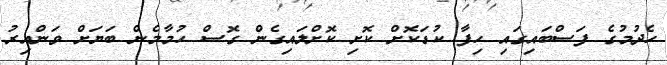
ހެދުމުގެ ފަސްބައިގައި ހިފާ ކުޑަކޮށް ކޮށި ކޮށްލައިގެން ގޮސް ހުމާމެން ބަޔަށް ވަންއިރު